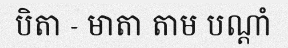
បិតា - មាតា តាម បណ្តាំ